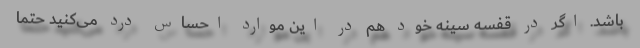
باشد. اگر در قفسه سینه خود هم در این موارد احساس درد می‌کنید حتما